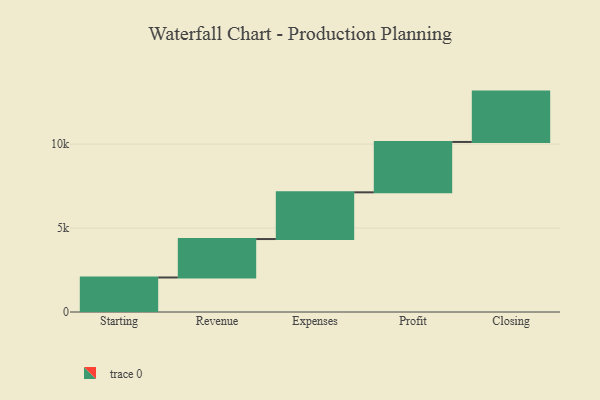
{"axis": {"x": "Step", "y": "Value"}, "legend": [""], "data": [{"x": "Starting", "y": 2056.0, "type": ""}, {"x": "Revenue", "y": 2290.0, "type": ""}, {"x": "Expenses", "y": 2784.0, "type": ""}, {"x": "Profit", "y": 3000, "type": ""}, {"x": "Closing", "y": 3000, "type": ""}]}